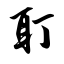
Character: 耵